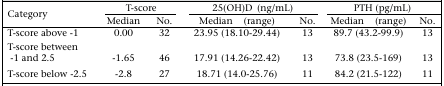
<table><thead><tr><td rowspan="2"><b>Category</b></td><td colspan="2"><b>T-score</b></td><td colspan="2"><b>25(OH)D (ng/mL)</b></td><td colspan="2"><b>PTH (pg/mL)</b></td></tr><tr><td><b>Median</b></td><td><b>No.</b></td><td><b>Median (range)</b></td><td><b>No.</b></td><td><b>Median (range)</b></td><td><b>No.</b></td></tr></thead><tbody><tr><td>T-score above −1</td><td>0.00</td><td>32</td><td>23.95 (18.10-29.44)</td><td>13</td><td>89.7 (43.2-99.9)</td><td>13</td></tr><tr><td>T-score between −1 and 2.5</td><td>-1.65</td><td>46</td><td>17.91 (14.26-22.42)</td><td>13</td><td>73.8 (23.5-169)</td><td>13</td></tr><tr><td>T-score below −2.5</td><td>-2.8</td><td>27</td><td>18.71 (14.0-25.76)</td><td>11</td><td>84.2 (21.5-122)</td><td>11</td></tr></tbody></table>